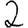
Digit: 2